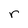
Character: r